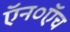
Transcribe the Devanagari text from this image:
ऍन०ऍच